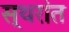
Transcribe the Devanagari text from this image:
स्थरांत